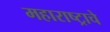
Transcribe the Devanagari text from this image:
महाराष्‍ट्राचे